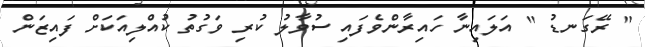
" ރޭގަނޑު " އަލައިނާ ހައިރާންވެފައި ސުވާލު ކުރި ވަގުތު ކުއްލިއަކަށް ފައިޒަން